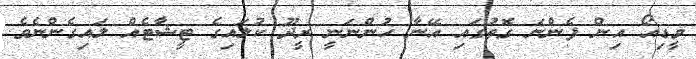
ވީޑިއޯ އިން ފެންނަ ގޮތުގައި އޭނާ ހުންނަނީ ރީދޫ ކުލައިގެ ޓީޝާޓެއް ލައިގެންނެވެ.